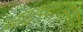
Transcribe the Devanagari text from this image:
चांद्रव्याकरण